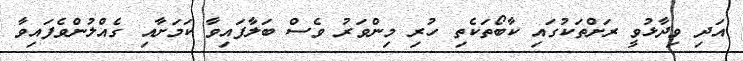
އަދި ވިދާޅުވީ ރަށްތަކުގައި ކާބޯތަކެތި ހުރި މިންވަރު ވެސް ބަލާފައިވާ ކަމަށާއި ގެއްލުންވެފައިވާ